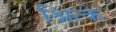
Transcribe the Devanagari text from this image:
श्नित्के